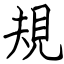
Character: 規